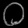
Digit: ၀